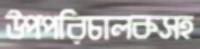
উপপরিচালকসহ